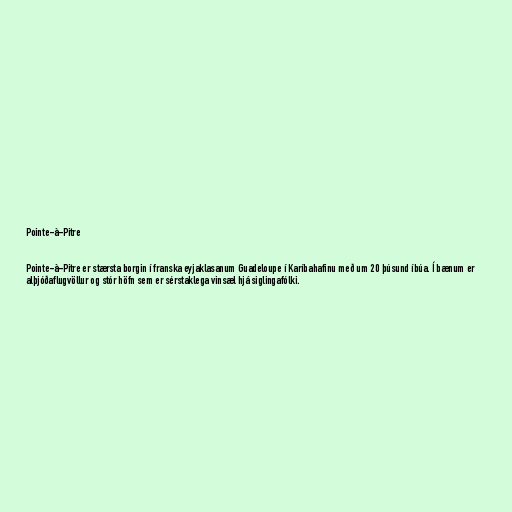
Pointe-à-Pitre

Pointe-à-Pitre er stærsta borgin í franska eyjaklasanum Guadeloupe í Karíbahafinu með um 20 þúsund íbúa. Í bænum er
alþjóðaflugvöllur og stór höfn sem er sérstaklega vinsæl hjá siglingafólki.